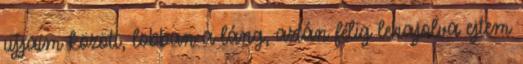
ujjaim között, lobban a láng, aztán félig lehajolva ejtem